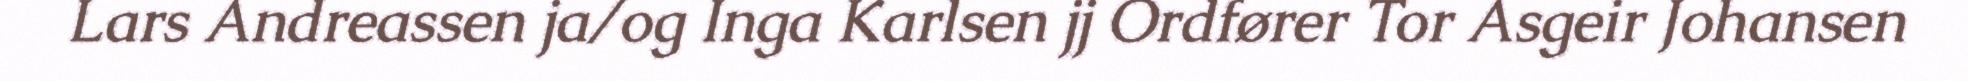
Lars Andreassen ja/og Inga Karlsen jj Ordfører Tor Asgeir Johansen